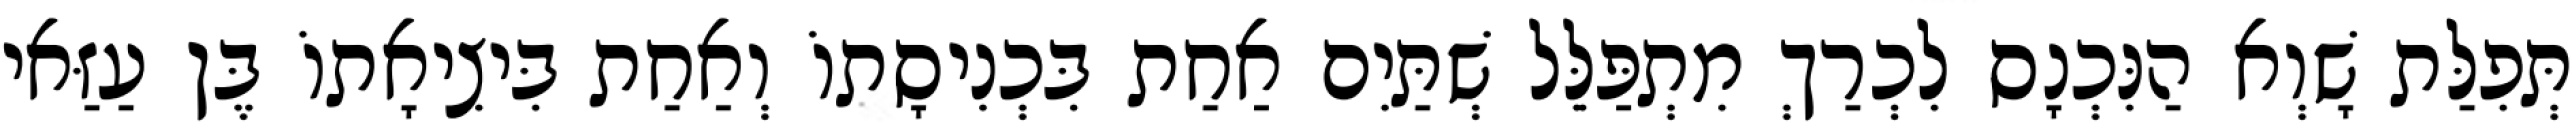
תְּפִלַּת שָׁוְא הַנִּכְנָס לִכְרַךְ מִתְפַּלֵּל שְׁתַּיִם אַחַת בִּכְנִיסָתוֹ וְאַחַת בִּיצִיאָתוֹ בֶּן עַזַּאי